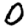
Digit: 0